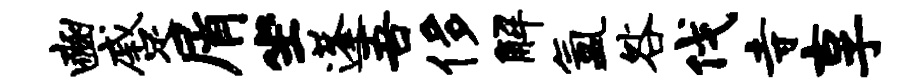
豳蹙屑坐蓬吾侈解氲咎伐寺享